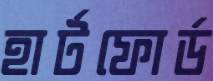
হার্টফোর্ড